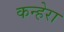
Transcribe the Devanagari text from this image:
कन्हेरा